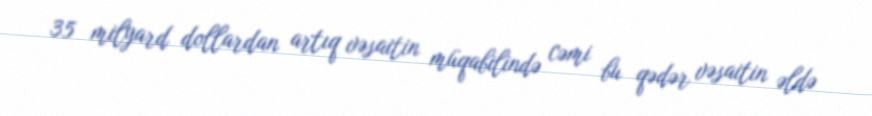
35 milyard dollardan artıq vəsaitin müqabilində cəmi bu qədər vəsaitin əldə